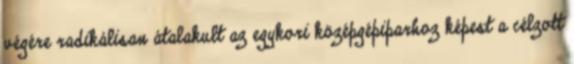
végére radikálisan átalakult az egykori középgépiparhoz képest a célzott